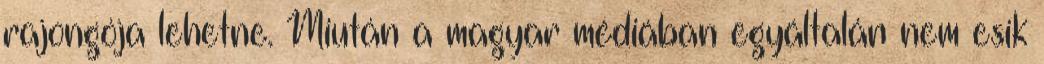
rajongója lehetne. Miután a magyar médiában egyáltalán nem esik